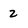
Character: 2